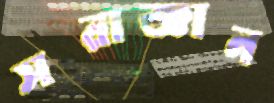
সরাজ্ঞান